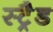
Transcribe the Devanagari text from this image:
स्ट्रैड